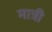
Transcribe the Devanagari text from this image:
मात्री